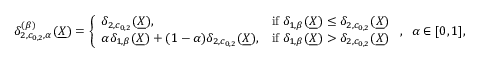
\begin{array} { r } { \delta _ { 2 , c _ { 0 , 2 } , \alpha } ^ { ( \beta ) } ( \underline { { X } } ) = \left\{ \begin{array} { l l } { \delta _ { 2 , c _ { 0 , 2 } } ( \underline { { X } } ) , } & { \mathrm { i f } \; \delta _ { 1 , \beta } ( \underline { { X } } ) \leq \delta _ { 2 , c _ { 0 , 2 } } ( \underline { { X } } ) } \\ { \alpha \delta _ { 1 , \beta } ( \underline { { X } } ) + ( 1 - \alpha ) \delta _ { 2 , c _ { 0 , 2 } } ( \underline { { X } } ) , } & { \mathrm { i f } \; \delta _ { 1 , \beta } ( \underline { { X } } ) > \delta _ { 2 , c _ { 0 , 2 } } ( \underline { { X } } ) } \end{array} \right. , \; \; \alpha \in [ 0 , 1 ] , } \end{array}